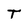
Character: T